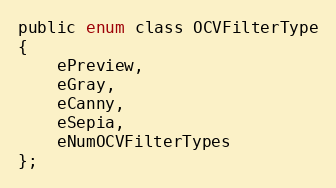
Language: C
public enum class OCVFilterType
{
    ePreview,
    eGray,
    eCanny,
    eSepia,
    eNumOCVFilterTypes
};